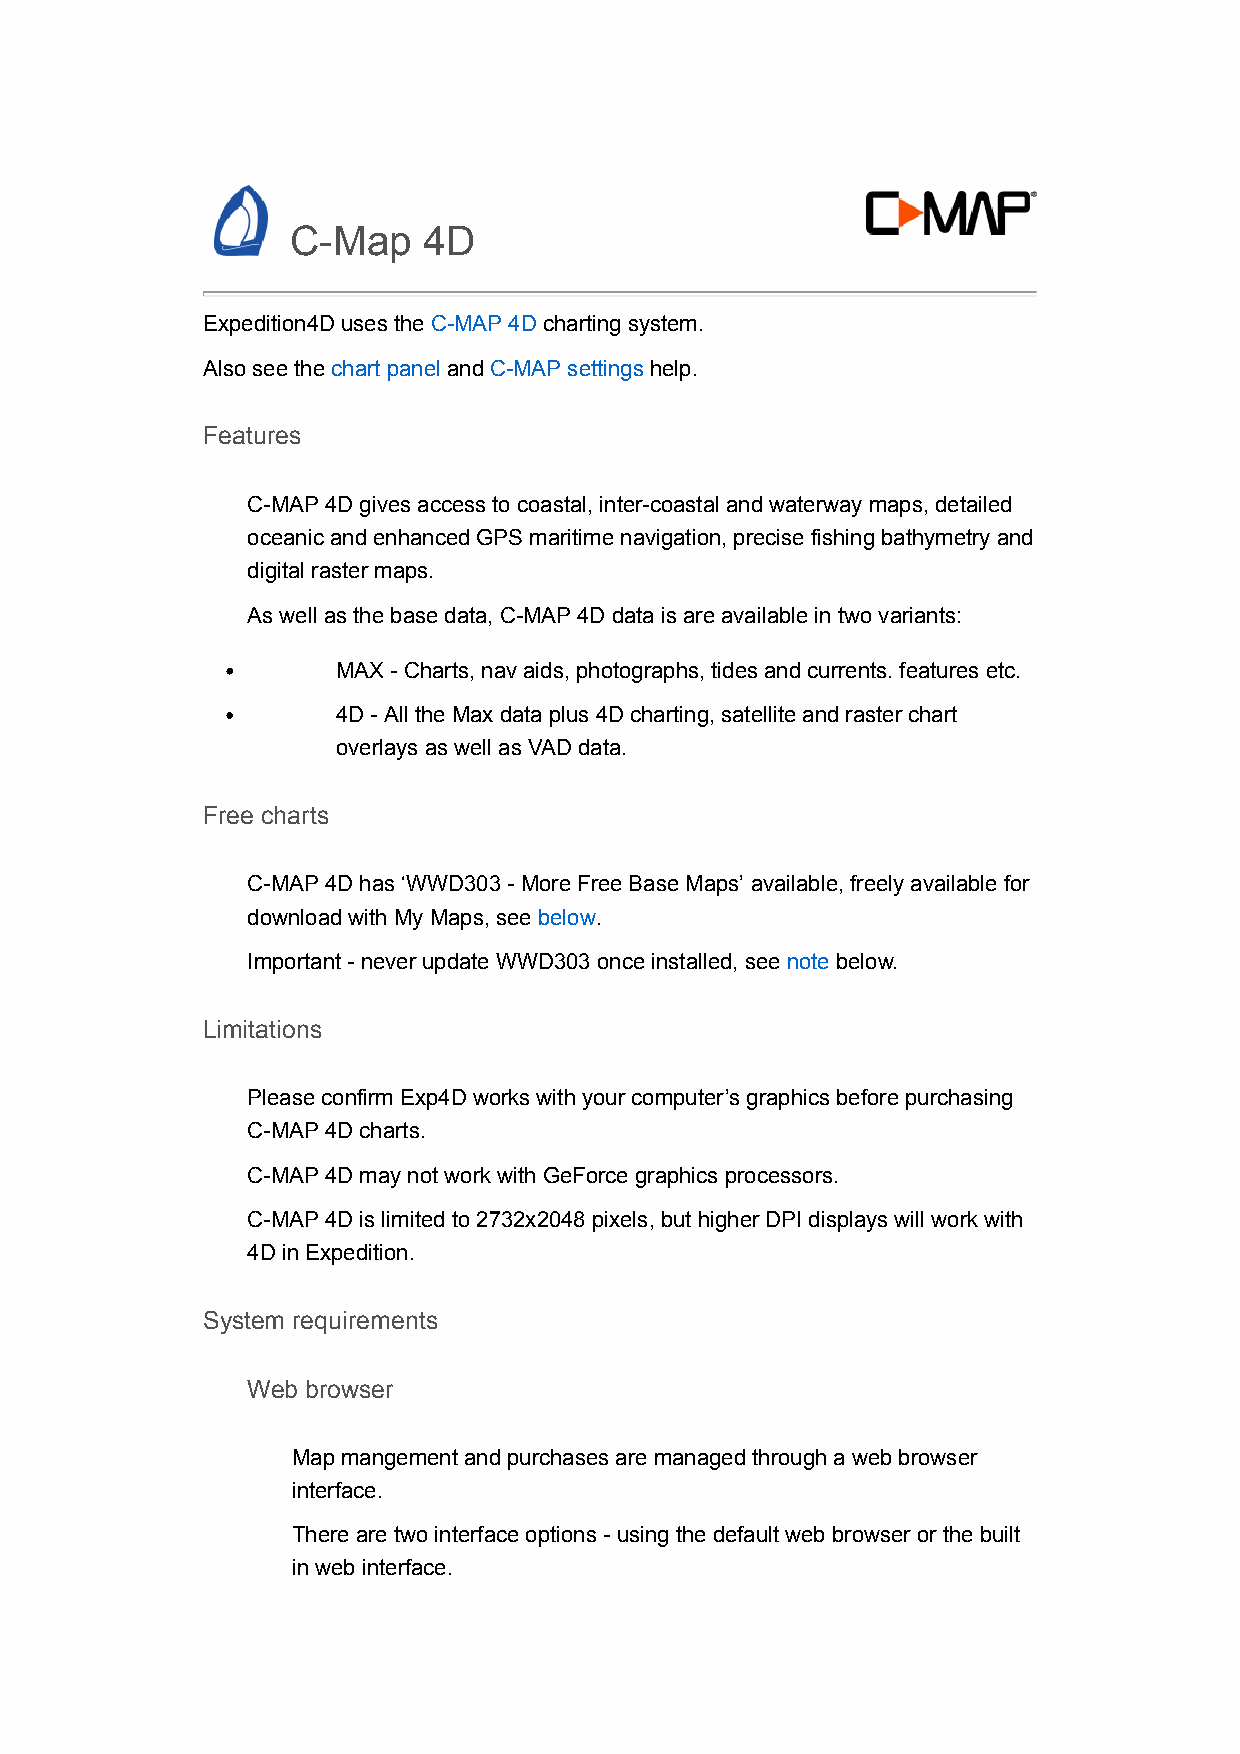
C-Map    4D
 Expedition4D uses the C-MAP 4D charting system.
 Also see the chart panel and C-MAP settings help.
 Features
 C-MAP 4D gives access to coastal, inter-coastal and waterway maps, detailed
 oceanic and enhanced GPS maritime navigation, precise fishing bathymetry and
 digital raster maps.
 As well as the base data, C-MAP 4D data is are available in two variants:
 MAX - Charts, nav aids, photographs, tides and currents. features etc.
 4D - All the Max data plus 4D charting, satellite and raster chart
 overlays as well as VAD data.
 Free charts
 C-MAP 4D has ‘WWD303 - More Free Base Maps’ available, freely available for
 download with My Maps, see below.
 Important - never update WWD303 once installed, see note below.
 Limitations
 Please confirm Exp4D works with your computer’s graphics before purchasing
 C-MAP 4D charts.
 C-MAP 4D may not work with GeForce graphics processors.
 C-MAP 4D is limited to 2732x2048 pixels, but higher DPI displays will work with
 4D in Expedition.
 System requirements
 Web browser
 Map mangement and purchases are managed through a web browser
 interface.
 There are two interface options - using the default web browser or the built
 in web interface.